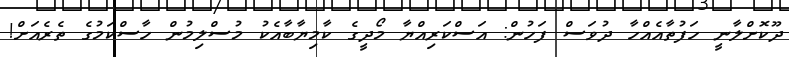
ދޫކޮށްލާނީ ހަފުތާއެއްހާ ދުވަސް ފަހުން: އަސްކަރިއްޔާ މޯދީގެ ކާމިޔާބާއެކު މުސްލިމުން ހާސްކަމުގެ ތެރެއަށް!